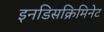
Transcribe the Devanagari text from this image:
इनडिसक्रिमिनेट